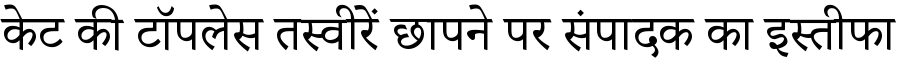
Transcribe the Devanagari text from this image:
केट की टॉपलेस तस्वीरें छापने पर संपादक का इस्तीफा